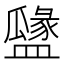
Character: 𥂻